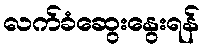
လက်ခံဆွေးနွေးရန်